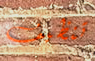
تنظيف